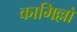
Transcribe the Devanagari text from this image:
कामिल्लो